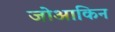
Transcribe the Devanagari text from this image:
जोआकिन